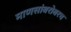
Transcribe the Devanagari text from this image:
माणसांबरोबरच